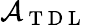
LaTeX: \mathcal{A}_{\mathrm{~T~D~L~}}